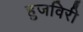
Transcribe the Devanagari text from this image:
हुजविरी